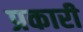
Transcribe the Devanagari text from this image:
प्रकारी